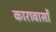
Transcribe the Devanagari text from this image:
कारावासों